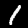
Label: 1